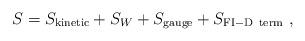
LaTeX: \begin{align*}S = S_{\rm kinetic} + S_{W} + S_{\rm gauge} + S_{\rm FI-D\ term}~,\end{align*}